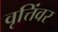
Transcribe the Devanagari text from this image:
वृत्तिंवर